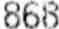
868